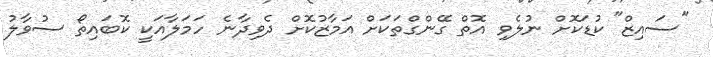
"ސައިޒް" ކުޑަކޮށް ނުލެވި އޮތް ގޭންގްތަކަށް އަމާޒުކޮށް ދެވިދާނެ ހަމަލާއަކީ ކޮބައިތޯ ސުވާލު